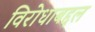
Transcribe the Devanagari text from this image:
विरोधाबद्दल